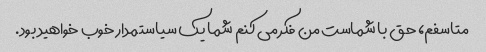
متاسفم، حق با شماست من فکر می کنم شما یک سیاستمدار خوب خواهید بود.